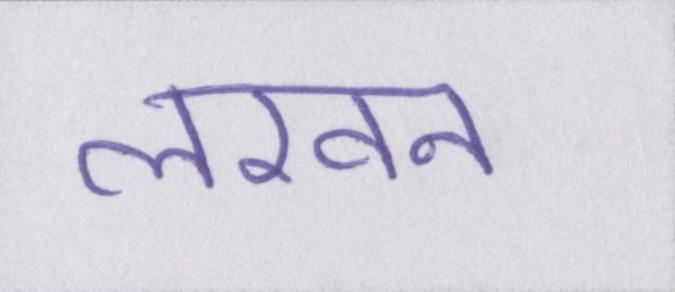
लखन